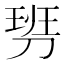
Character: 𠞢